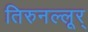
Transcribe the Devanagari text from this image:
तिरुनल्लूर्